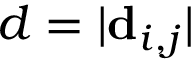
d = | \mathbf { d } _ { i , j } |